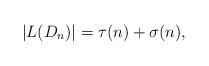
LaTeX: \begin{align*} |L(D_{n})|=\tau(n)+\sigma(n),\end{align*}